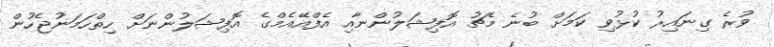
ވުރެ ގިނައިރު ކުޅުވި ކަމަށް ބުނެ މެޗު އޮފިޝަލުންނާއި އެފްއޭއެމްގެ އޮފިޝަލުންނަށް ހިތްހަމަނުޖެހުން